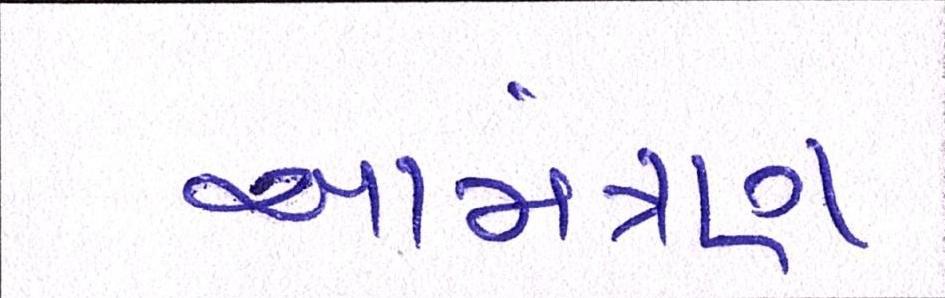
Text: આમંત્રણ